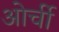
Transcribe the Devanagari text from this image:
ओर्ची